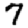
Digit: 7